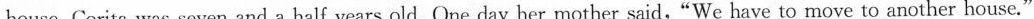
house. Corita was seven and a half years old. One day her mother said,“We have to move to another house."